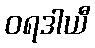
ဝရဒါယီ